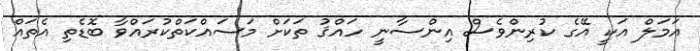
އަމަލް އަކީ އޭގެ ކުރިންވެސް އިންސާނީ ހައްޤު ތަކަށް މަސައްކަތްކުރައްވާ ބޮޑެތި އެތައް